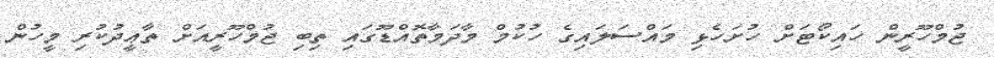
ޖުމްހޫރީން ހައިކޯޓަށް ހުށަހެޅި މައްސަލައިގެ ހުކުމް މާދަމާތޮއްޑޫގައި ތިބި ޖުމްހޫރީއަށް ތާޢީދުކުރި މީހުން